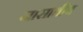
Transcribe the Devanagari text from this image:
नासातीय